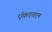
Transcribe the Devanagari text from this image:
ऍफ़एचएम